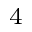
_ 4